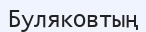
Буляковтың